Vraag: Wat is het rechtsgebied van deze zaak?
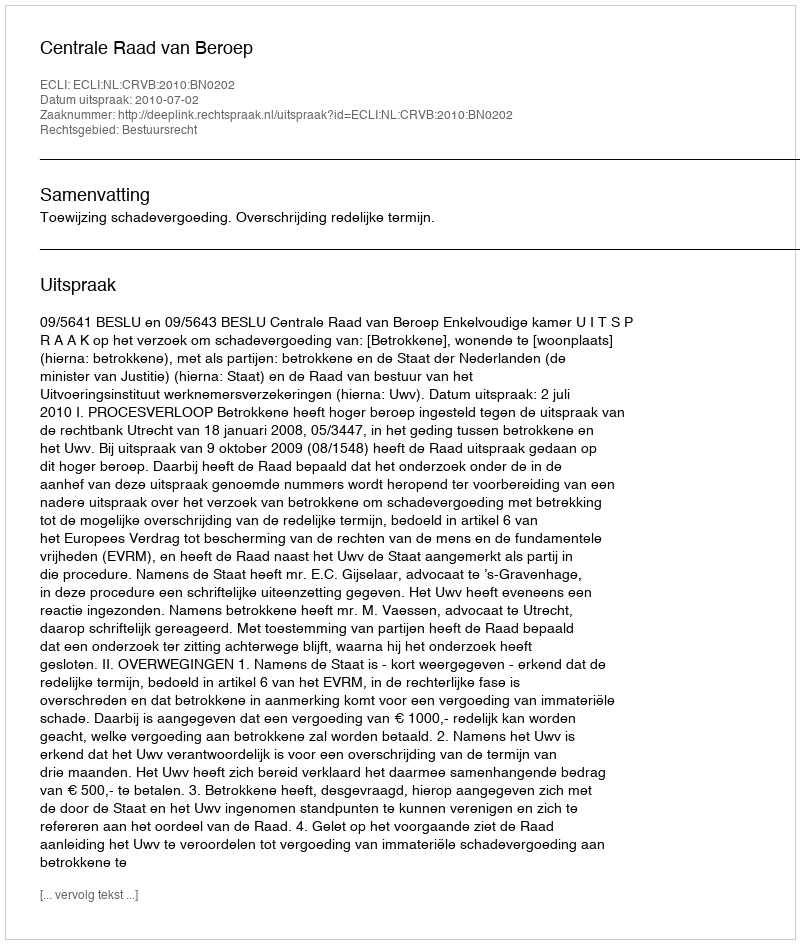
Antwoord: Bestuursrecht